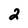
Character: 2